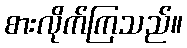
စားလိုက်ကြသည်။